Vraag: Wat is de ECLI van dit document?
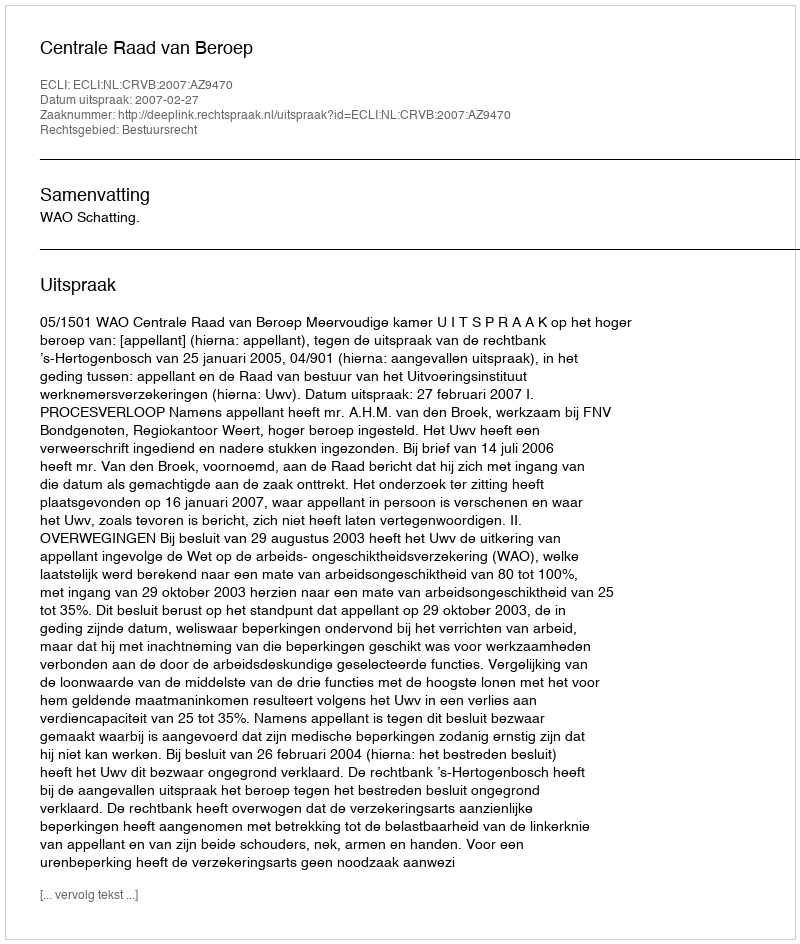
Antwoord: ECLI:NL:CRVB:2007:AZ9470